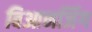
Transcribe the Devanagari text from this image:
बिआनजिंग